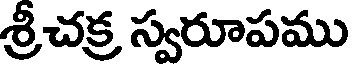
శ్రీచక్ర స్వరూపము